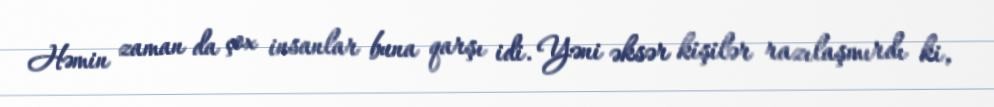
Həmin zaman da çox insanlar buna qarşı idi. Yəni əksər kişilər razılaşmırdı ki,